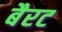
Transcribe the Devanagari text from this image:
बैरट